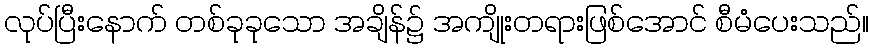
လုပ်ပြီးနောက် တစ်ခုခုသော အချိန်၌ အကျိုးတရားဖြစ်အောင် စီမံပေးသည်။